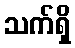
သက်ရှိ